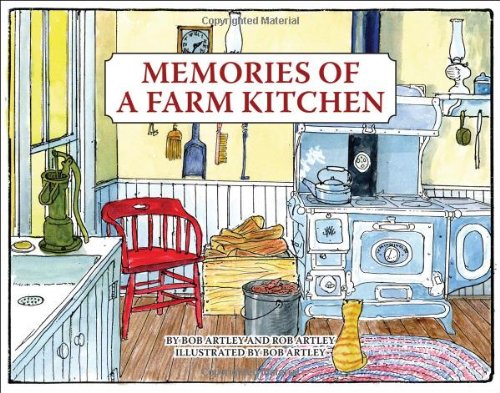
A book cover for Memories of a Farm Kitchen; Rob Artley; Cookbooks, Food & Wine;